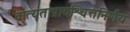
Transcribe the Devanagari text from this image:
व्रात्यताप्रायश्चित्तनिर्णय